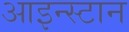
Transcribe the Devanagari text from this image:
आइन्स्टान